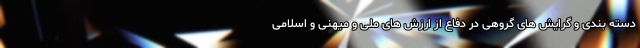
دسته بندی و گرایش های گروهی در دفاع از ارزش های ملی و میهنی و اسلامی